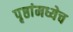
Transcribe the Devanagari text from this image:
पृष्ठांमध्येच